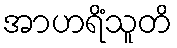
အာဟရိံသူတိ